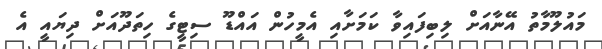
މައުލޫމާތު އޭނާއަށް ލިބިފައިވާ ކަމަށާއި އެމީހުން އައްޑޫ ސިޓީގެ ހިތަދޫއަށް ދިޔައީ އެ